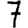
Digit: 7